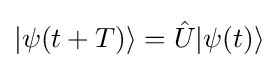
|\psi (t+T)\rangle ={\hat {U}}|\psi (t)\rangle